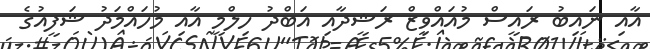
އާއި ނައިބު ރައީސް މުއައްވިޒް ރަޝީދާއި އަބްދު ހިލްމީ އާއި މުހައްމަދު ޝަފީއުގެ